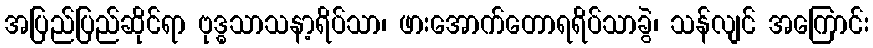
အပြည်ပြည်ဆိုင်ရာ ဗုဒ္ဓသာသနာ့ရိပ်သာ၊ ဖားအောက်တောရရိပ်သာခွဲ၊ သန်လျင် အကြောင်း